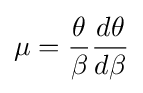
\mu ={\frac {\theta }{\beta }}{\frac {d\theta }{d\beta }}